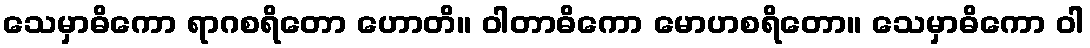
သေမှာဓိကော ရာဂစရိတော ဟောတိ။ ဝါတာဓိကော မောဟစရိတော။ သေမှာဓိကော ဝါ